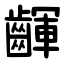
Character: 齳